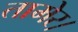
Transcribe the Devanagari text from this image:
तामेर।